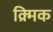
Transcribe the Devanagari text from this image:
क्र्मिक